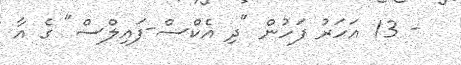
- 13 އަހަރު ފަހުން "ދި އެކްސް-ފައިލްސް" ގެ އާ